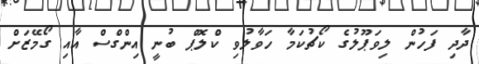
ދާދި ފަހުން ލިވަޕޫލުގެ ކޯޗުކަމާ ހަވާލުވި ކްލޮޕް ބުނީ އިންގްސް އާއި ގޯމޭޒަށް